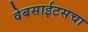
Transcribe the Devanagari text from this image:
वेबसाईटसचा